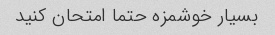
بسیار خوشمزه حتما امتحان کنید